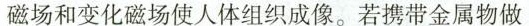
磁场和变化磁场使人体组织成像。若携带金属物做